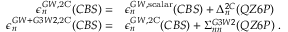
\begin{array} { r l } { \epsilon _ { n } ^ { G W , \mathrm { 2 C } } ( C B S ) = } & { \epsilon _ { n } ^ { G W , \mathrm { s c a l a r } } ( C B S ) + \Delta _ { n } ^ { 2 C } ( Q Z 6 P ) } \\ { \epsilon _ { n } ^ { G W + G 3 W 2 , \mathrm { 2 C } } ( C B S ) = } & { \epsilon _ { n } ^ { G W , \mathrm { 2 C } } ( C B S ) + \Sigma _ { n n } ^ { G 3 W 2 } ( Q Z 6 P ) \; . } \end{array}